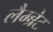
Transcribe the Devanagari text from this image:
लैम्ब्रेट